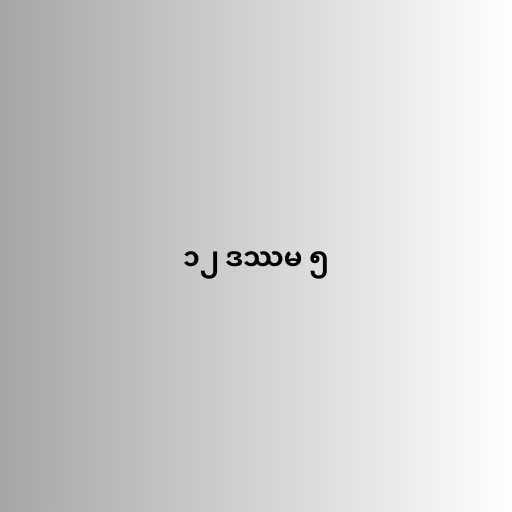
၁၂ ဒဿမ ၅